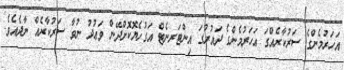
އަހަރުމެންގެ ސަރުކާރެއްގަ އަހަރުމެންގެ ދައުރުގަ އިންޓަރނެޓް އަގުހެޔޮކޮށްދޭން ވަޢުދު ނުވާ ސަރުކާރެއް ނާދެއެވެ.